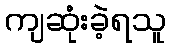
ကျဆုံးခဲ့ရသူ